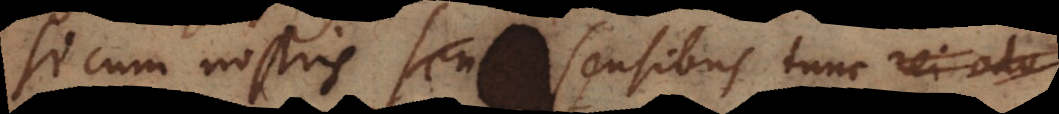
Si cum nostris sensibus tunc rei adv